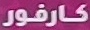
كارفور